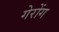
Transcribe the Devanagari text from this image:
गेरोंग